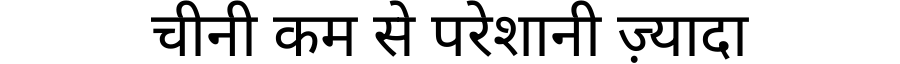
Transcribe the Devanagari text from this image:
चीनी कम से परेशानी ज़्यादा